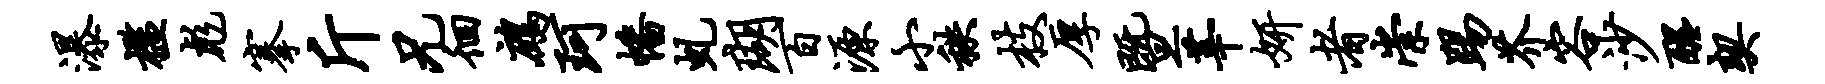
瀑槛彪搴斤兄徊鹧珂幡虬瑚百源小秩枝厚暨莘妍者崇踢芥容沙醒契